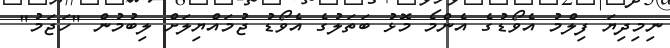
ނިމިދިޔަ ފިލްމު އެވޯޑުގެ އެންމެ މޮޅު ބަތަލުގެ އެވޯޑު ޖުމައްޔިލަށް ލިބުމުން "ހަޖަމު"